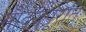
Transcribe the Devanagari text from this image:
सौंदर्यपूरति